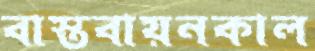
বাস্তবায়নকাল